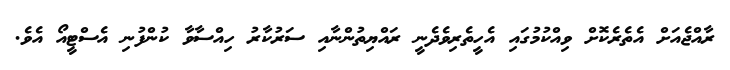
ރާއްޖެއަށް އެތެރެކޮށް ވިއްކުމުގައި އެހީތެރިވެދެނީ ރައްޔިތުންނާއި ސަރުކާރު ހިއްސާވާ ކުންފުނި އެސްޓީއޯ އެވެ.